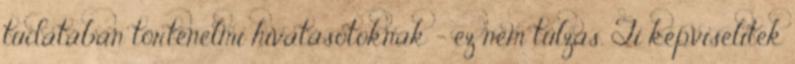
tudatában történelmi hivatásotoknak - ez nem túlzás. Ti képviselitek